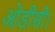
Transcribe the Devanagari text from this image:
ओडीसी।